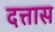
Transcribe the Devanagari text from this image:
दत्तास